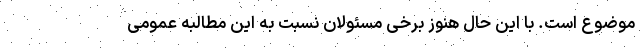
موضوع است. با این حال هنوز برخی مسئولان نسبت به این مطالبه عمومی